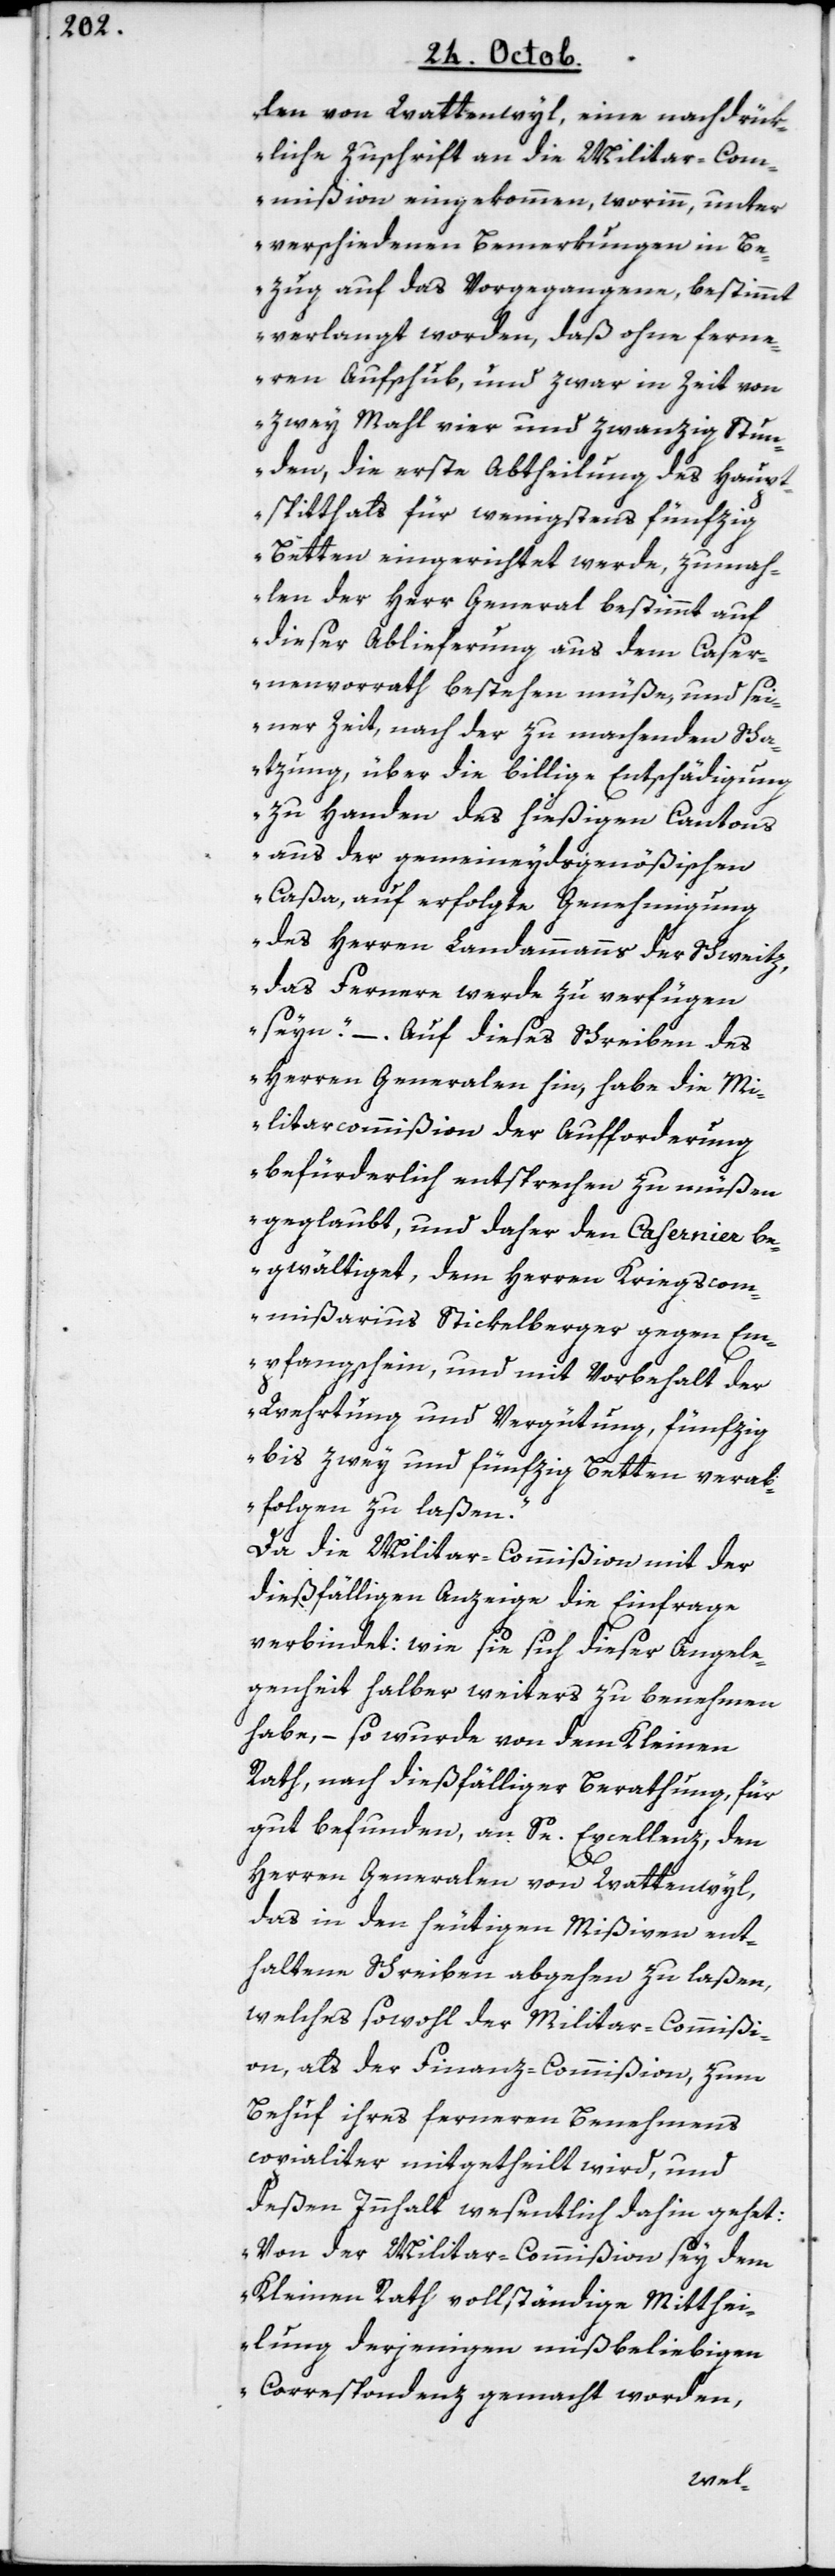
len von Wattenwyl, eine nachdrük¬
liche Zuschrift an die Militar-Com¬
mißion eingekommen, worinn unter
verschiedenen Bemerkungen in Be¬
zug auf das Vorgegangene, bestimmt
verlangt worden, daß ohne ferne¬
ren Aufschub, und zwar in Zeit von
zwey Mahl vier und zwanzig Stun¬
den, die erste Abtheilung des Haupt¬
spitthals für wenigstens fünfzig
Betten eingerichtet werde, zumah¬
len der Herr General bestimmt auf
dieser Ablieferung aus dem Caser¬
nenvorrat bestehen müße, und sei¬
ner Zeit, nach der zu machenden Scha¬
tzung, über die billige Entschädigung
zu Handen des hießigen Cantons
aus der gemeineydsgensößischen
Caßa, auf erfolgte Genehmigung
des Herren Landammanns der Schweitz,
das Fernere werde zu verfügen
seyn. – Auf dieses Schreiben des
Herren Generalen hin, habe die Mi¬
litarcommißion der Aufforderung
befürderlich entsprechen zu müßen
geglaubt, und daher den Casernier be¬
gwältiget, dem Herren Kriegscom¬
mißarius Stickelberger gegen Em¬
pfangsschein und mit Vorbehalt der
Wehrtung und Vergütung, fünfzig
bis zwey und fünfzig Betten verab¬
folgen zu laßen“.
Da die Militar-Commißion mit der
dießfälligen Anzeige die Einfrage
verbindet: wie sie sich dieser Angele¬
genheit halber weiters zu benehmen
habe, – so wurde von dem Kleinen
Rath, nach dießfälliger Berathung für
gut befunden, an Se. Excellenz, den
Herren Generalen von Wattenwyl,
das in den heutigen Mißiven ent¬
haltene Schreiben abgehen zu laßen,
welches sowohl der Militar-Commißi¬
on als der Finanz-Commißion zum
Behuf ihres ferneren Benehmens
copialiter mitgetheilt wird, und
deßen Innhalt wesentlich dahin gehet:
„Von der Militar-Commißion sey dem
Kleinen Rath vollständige Mitthei¬
lung derjenigen mißbeliebigen
Correspondenz gemacht worden,